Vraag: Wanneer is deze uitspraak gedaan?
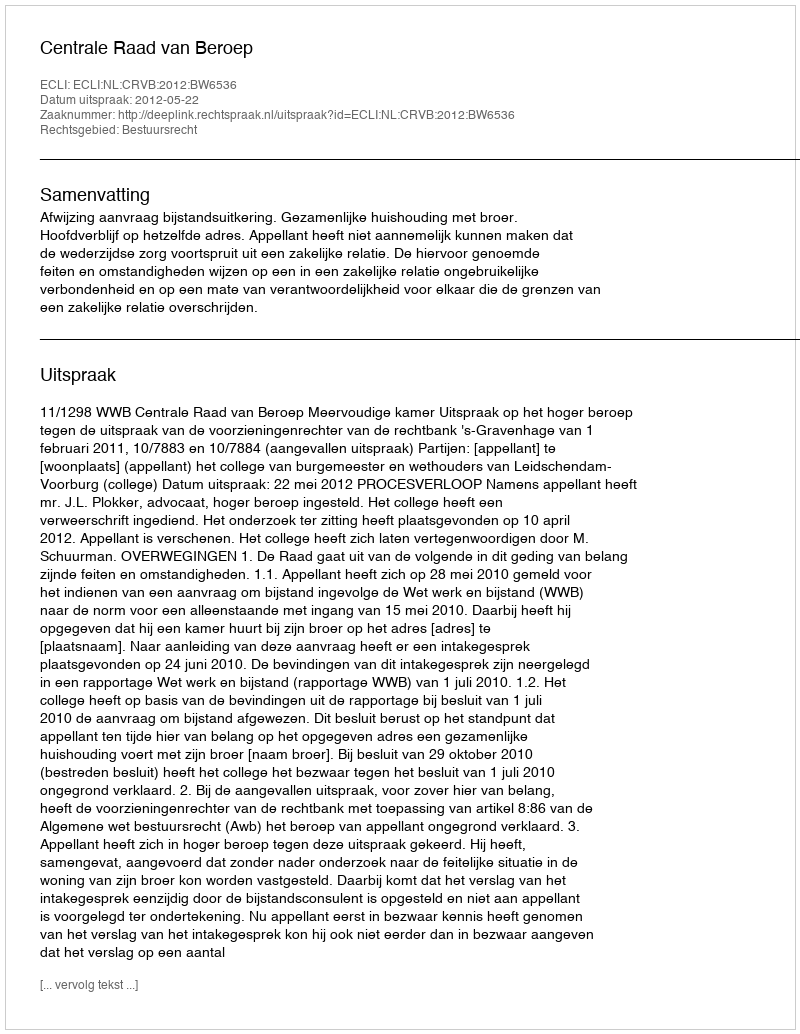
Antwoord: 2012-05-22